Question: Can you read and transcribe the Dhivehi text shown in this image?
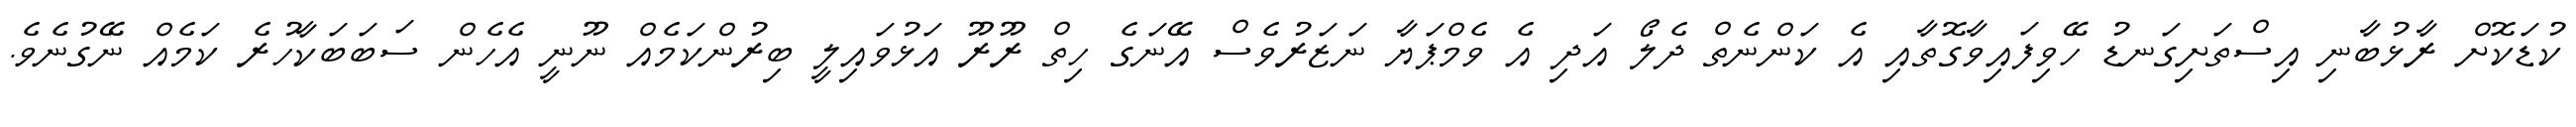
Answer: ކުޑަކޮށް ރާޅުބާނި އިސްތަށިގަނޑު ހޭވިފައިވާގޮތާއި އެ ކަންނެތް ދެލޯ އަދި އެ ވެމްޕަޔާ ނަޒަރުވެސް އޭނަގެ ހިތް ރޫރޫ އަޅުވައިލީ ބިރުންކަމެއް ނޫނީ އެހެން ސަބަބަކާހުރެ ކަމެއް ނޭގުނެވެ.